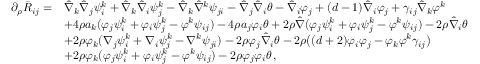
\begin{array} { r l } { \partial _ { \rho } \bar { R } _ { i j } = } & { \hat { \nabla } _ { k } \hat { \nabla } _ { j } \psi ^ { k } _ { i } + \hat { \nabla } _ { k } \hat { \nabla } _ { i } \psi _ { j } ^ { k } - \hat { \nabla } _ { k } \hat { \nabla } ^ { k } \psi _ { j i } - \hat { \nabla } _ { j } \hat { \nabla } _ { i } \theta - \hat { \nabla } _ { i } \varphi _ { j } + ( d - 1 ) \hat { \nabla } _ { i } \varphi _ { j } + \gamma _ { i j } \hat { \nabla } _ { k } \varphi ^ { k } } \\ & { + 4 \rho a _ { k } ( \varphi _ { j } \psi ^ { k } _ { i } + \varphi _ { i } \psi ^ { k } _ { j } - \varphi ^ { k } \psi _ { i j } ) - 4 \rho a _ { j } \varphi _ { i } \theta + 2 \rho \hat { \nabla } ( \varphi _ { j } \psi ^ { k } _ { i } + \varphi _ { i } \psi ^ { k } _ { j } - \varphi ^ { k } \psi _ { i j } ) - 2 \rho \hat { \nabla } _ { i } \theta } \\ & { + 2 \rho \varphi _ { k } ( \nabla _ { j } \psi ^ { k } _ { i } + \nabla _ { i } \psi _ { j } ^ { k } - \nabla ^ { k } \psi _ { j i } ) - 2 \rho \varphi _ { j } \hat { \nabla } _ { i } \theta - 2 \rho \big ( ( d + 2 ) \varphi _ { i } \varphi _ { j } - \varphi _ { k } \varphi ^ { k } \gamma _ { i j } \big ) } \\ & { + 2 \rho \varphi _ { k } ( \varphi _ { j } \psi ^ { k } _ { i } + \varphi _ { i } \psi ^ { k } _ { j } - \varphi ^ { k } \psi _ { i j } ) - 2 \rho \varphi _ { j } \varphi _ { i } \theta \, , } \end{array}